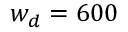
w _ { d } = 6 0 0